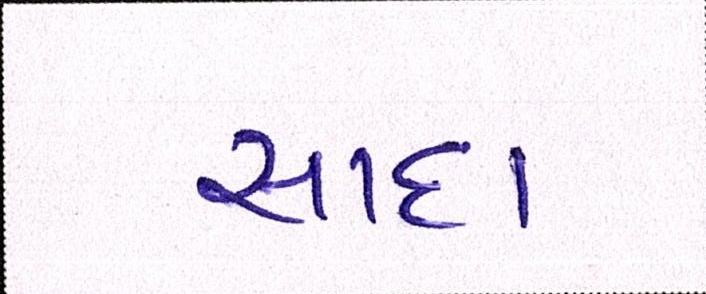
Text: સાદા